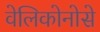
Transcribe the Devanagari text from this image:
वेलिकोनोसे